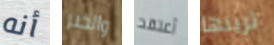
أنه والخبر أعتقد ترينها